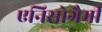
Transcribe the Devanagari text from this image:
एनिसोगैमी